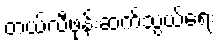
တယ်လီဖုန်းဆက်သွယ်ရေး